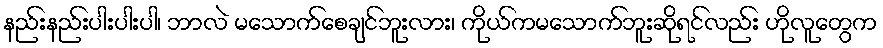
နည်းနည်းပါးပါးပါ၊ ဘာလဲ မသောက်စေချင်ဘူးလား၊ ကိုယ်ကမသောက်ဘူးဆိုရင်လည်း ဟိုလူတွေက